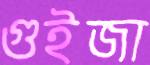
গুইজা